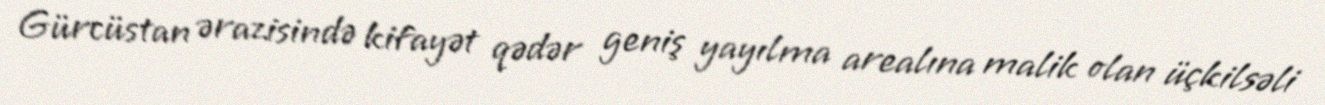
Gürcüstan ərazisində kifayət qədər geniş yayılma arealına malik olan üçkilsəli